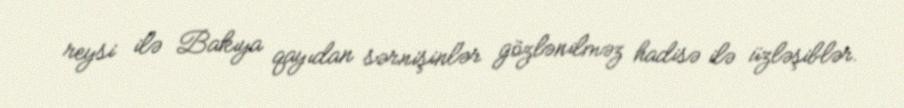
reysi ilə Bakıya qayıdan sərnişinlər gözlənilməz hadisə ilə üzləşiblər.